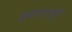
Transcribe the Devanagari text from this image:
इमारतपुर